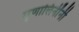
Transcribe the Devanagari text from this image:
मृणालिनींनी